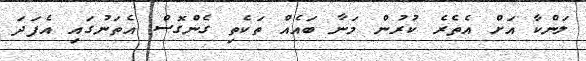
ލަންކާ އަށް އެތެރެ ކުރުން މަނާ ބައެއް ތަކެތި ގެންގޮސް އެތަނުގައި އެފަދަ